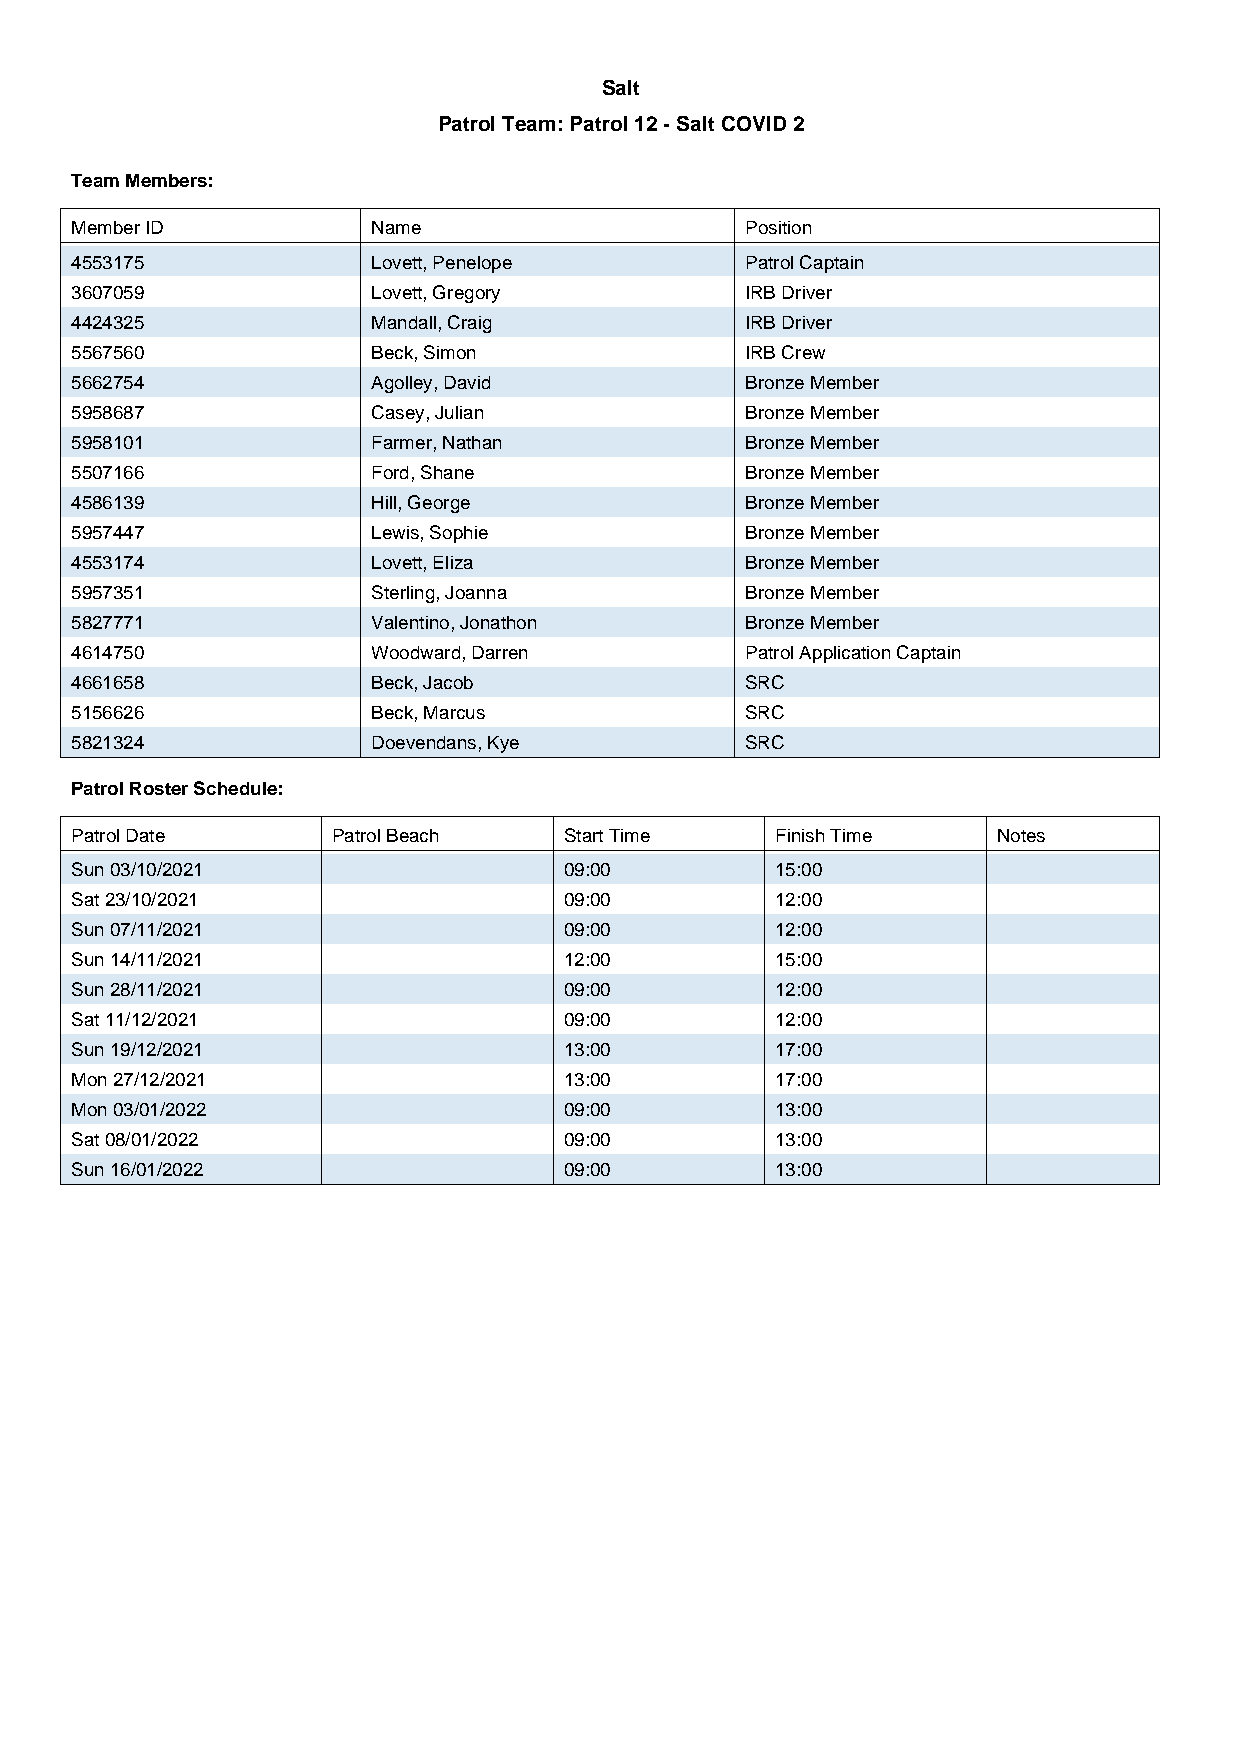
Salt
 Patrol Team: Patrol 12 - Salt COVID 2
 Team Members:
 Member ID           Name                    Position
 4553175             Lovett, Penelope        Patrol Captain
 3607059             Lovett, Gregory         IRB Driver
 4424325             Mandall, Craig          IRB Driver
 5567560             Beck, Simon             IRB Crew
 5662754             Agolley, David          Bronze Member
 5958687             Casey, Julian           Bronze Member
 5958101             Farmer, Nathan          Bronze Member
 5507166             Ford, Shane             Bronze Member
 4586139             Hill, George            Bronze Member
 5957447             Lewis, Sophie           Bronze Member
 4553174             Lovett, Eliza           Bronze Member
 5957351             Sterling, Joanna        Bronze Member
 5827771             Valentino, Jonathon     Bronze Member
 4614750             Woodward, Darren        Patrol Application Captain
 4661658             Beck, Jacob             SRC
 5156626             Beck, Marcus            SRC
 5821324             Doevendans, Kye         SRC
 Patrol Roster Schedule:
 Patrol Date      Patrol Beach   Start Time    Finish Time    Notes
 Sun 03/10/2021                  09:00         15:00
 Sat 23/10/2021                  09:00         12:00
 Sun 07/11/2021                  09:00         12:00
 Sun 14/11/2021                  12:00         15:00
 Sun 28/11/2021                  09:00         12:00
 Sat 11/12/2021                  09:00         12:00
 Sun 19/12/2021                  13:00         17:00
 Mon 27/12/2021                  13:00         17:00
 Mon 03/01/2022                  09:00         13:00
 Sat 08/01/2022                  09:00         13:00
 Sun 16/01/2022                  09:00         13:00